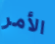
الأمر